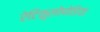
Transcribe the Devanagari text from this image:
रेटिकुलोपोडिया